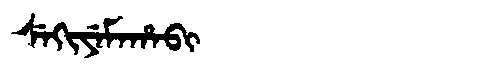
Manchu: ᠰᡝᡴᡳᠶᡝᠮᠠᡥᠠᠪᡳ
Romanization: SEKIYEMAHABI